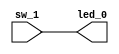
`timescale 1ns / 1ps
//////////////////////////////////////////////////////////////////////////////////
// Company:
// Engineer:
//
// Design Name:
// Module Name: test
// Project Name:
// Target Devices:
// Tool Versions:
// Description:
//
// Dependencies:
//
// Revision:
// Revision 0.01 - File Created
// Additional Comments:
//
//////////////////////////////////////////////////////////////////////////////////



module test(
    input  [6:0] sw_1,
    output [6:0] led_0
    );

    assign led_0 = sw_1;
endmodule